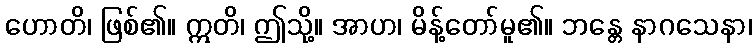
ဟောတိ၊ ဖြစ်၏။ ဣတိ၊ ဤသို့။ အာဟ၊ မိန့်တော်မူ၏။ ဘန္တေ နာဂသေနာ၊